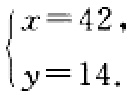
\(\begin{cases}

x = 42,\\

y = 14.

\end{cases}\)